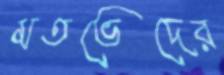
মতভেদের